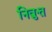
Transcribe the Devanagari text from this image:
निव्रुत्त